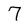
Character: 7